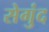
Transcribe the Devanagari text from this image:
सेगुंद